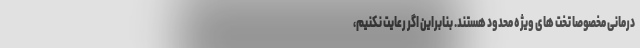
درمانی مخصوصا تخت های ویژه محدود هستند. بنابراین اگر رعایت نکنیم،